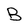
Character: B